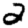
Digit: 2